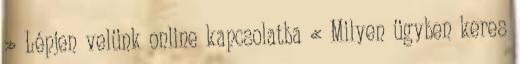
» Lépjen velünk online kapcsolatba « Milyen ügyben keres